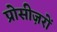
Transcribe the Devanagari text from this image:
प्रोसीज़रों